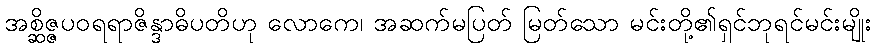
အစ္ဆိဇ္ဇပဝရရာဇိန္ဒာဓိပတိဟု လောကေ၊ အဆက်မပြတ် မြတ်သော မင်းတို့၏ရှင်ဘုရင်မင်းမျိုး